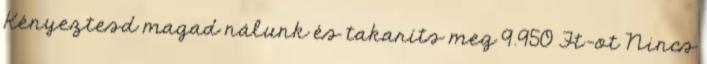
Kényeztesd magad nálunk és takaríts meg 9.950 Ft-ot Nincs